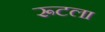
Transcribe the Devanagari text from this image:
रूटला